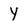
Character: Y